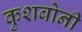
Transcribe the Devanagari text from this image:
कुशबोनी